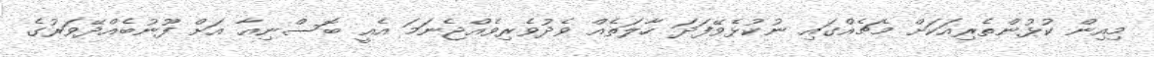
މިއިން ކުޅުންތެރިއަކަށް މެޗެއްގައި ނުކުޅެވޭފަދަ ހާލަތެއް ވެދުވެރިވެއްޖެނަމަ އެއީ ބޮސްނިއާ އަށް ފޫނުބެއްދޭވަރުގެ